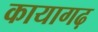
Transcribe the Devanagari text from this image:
कायागढ़